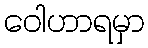
ဝေါဟာရမှာ